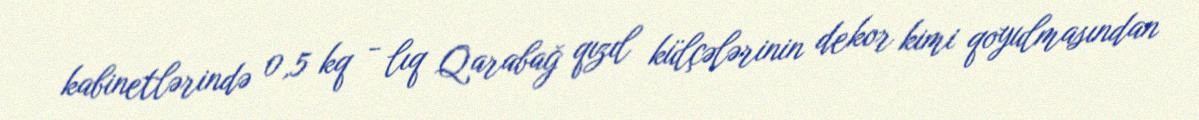
kabinetlərində 0,5 kq - lıq Qarabağ qızıl külçələrinin dekor kimi qoyulmasından